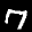
Label: 7